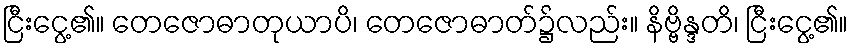
ငြီးငွေ့၏။ တေဇောဓာတုယာပိ၊ တေဇောဓာတ်၌လည်း။ နိဗ္ဗိန္ဒတိ၊ ငြီးငွေ့၏။